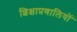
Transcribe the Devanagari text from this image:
शिक्षाप्रणालियों